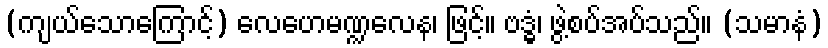
(ကျယ်သောကြောင့်) လေဟေမဏ္ဍလေန၊ ဖြင့်။ ဗဒ္ဓံ၊ ဖွဲ့စပ်အပ်သည်။ (သမာနံ)